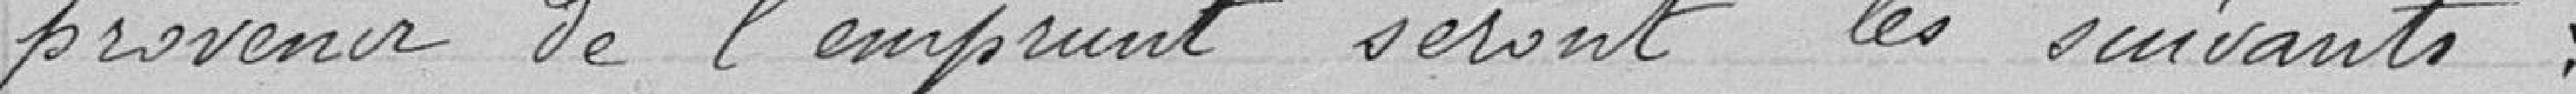
provenir de l'emprunt seront les suivants